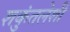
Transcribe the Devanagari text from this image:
शकुंतलेशी